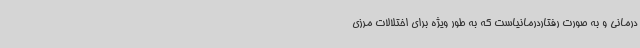
درمانی و به صورت رفتاردرمانیاست که به طور ویژه برای اختلالات مرزی